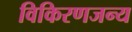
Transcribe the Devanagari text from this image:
विकिरणजन्य